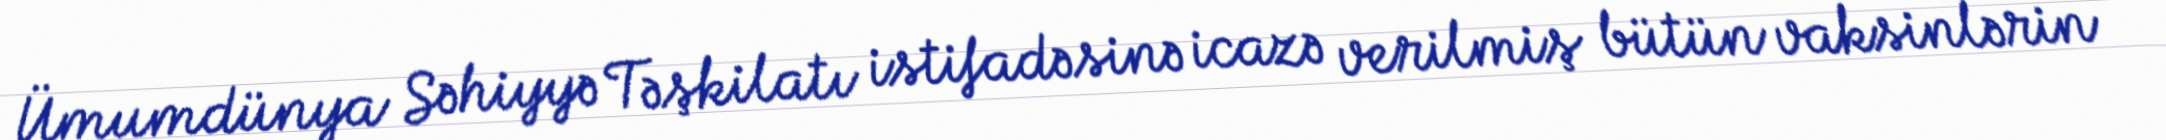
Ümumdünya Səhiyyə Təşkilatı istifadəsinə icazə verilmiş bütün vaksinlərin